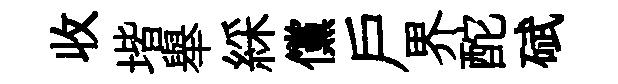
收堦舉綵儻戸界酡碔